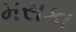
મસકા